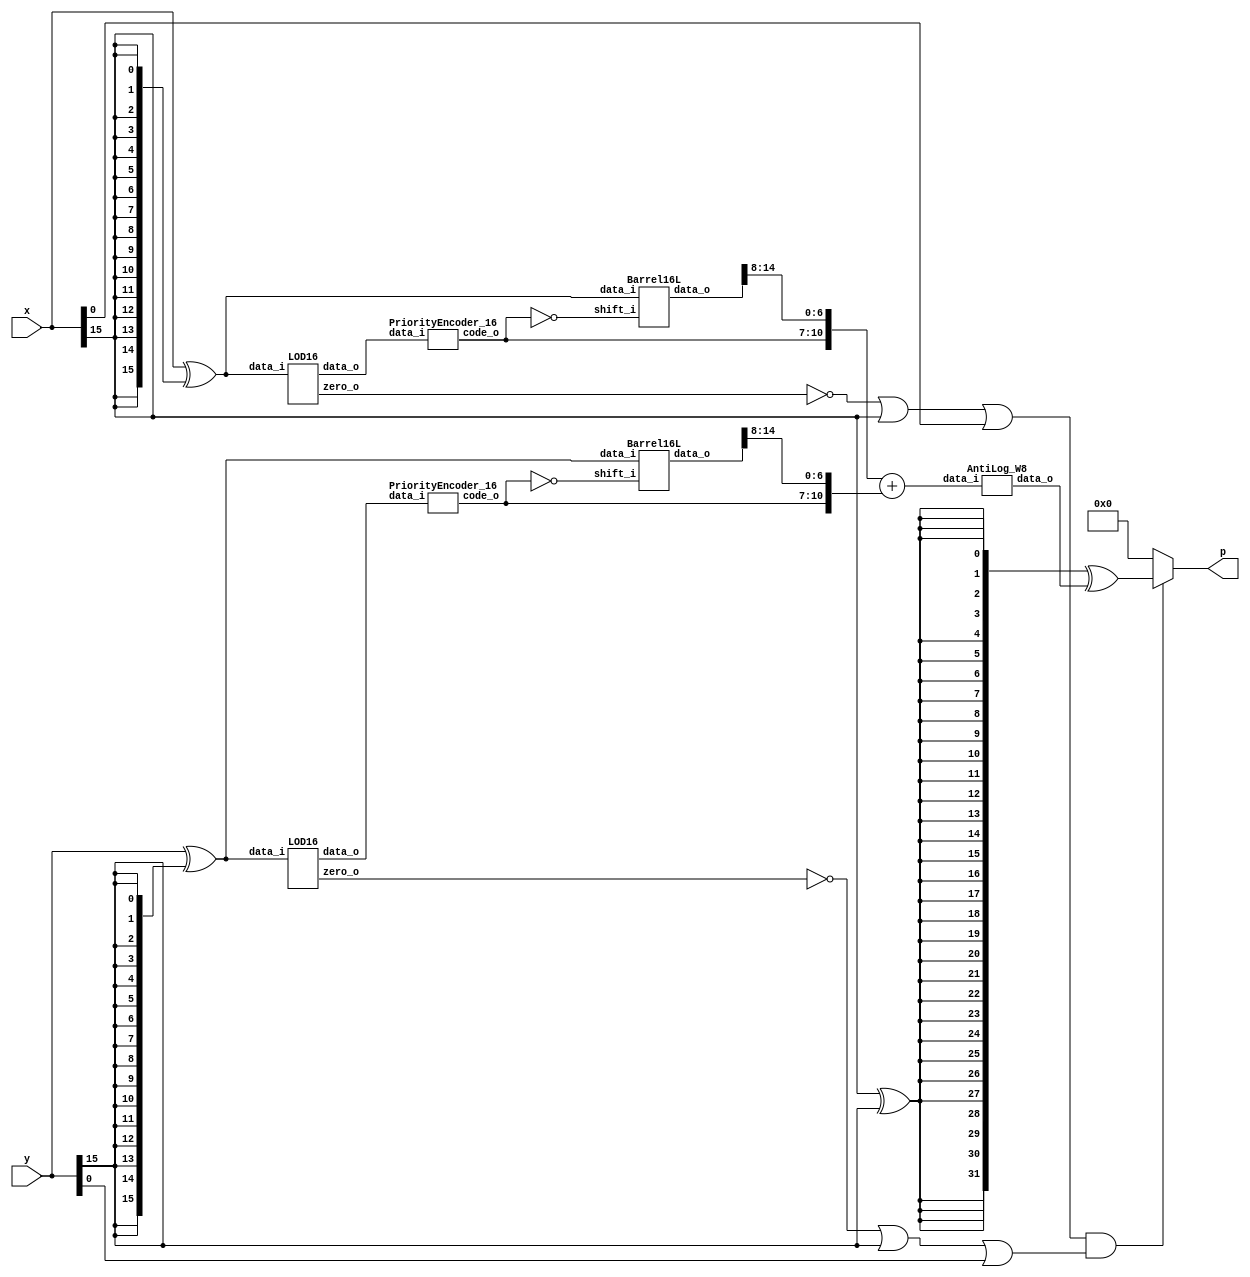
`timescale 1ns / 1ps

module MITCH_TRUNC_W8_C1(
    input [15:0] x,
    input [15:0] y,
    output [31:0] p
    );
    
	// Generate abs values
	wire [15:0] x_abs;
	wire [15:0] y_abs;
	
	// Going for X_abs
	assign x_abs = x ^ {16{x[15]}};


	// Going for Y_abs
	assign y_abs = y ^ {16{y[15]}};

			 
	// LOD x
	wire [15:0] kx;
	wire zero_x;
	wire [3:0] code_x;


	LOD16 LODx (
		.data_i(x_abs),
		.zero_o(zero_x),
		.data_o(kx)
	 ); 
	 

	PriorityEncoder_16 PEx (
		.data_i(kx),
		.code_o(code_x)
	 ); 

	 
		
	 
	// LOD y

	wire [15:0] ky;
	wire zero_y;
	wire [3:0] code_y;

	LOD16 LODy (
		.data_i(y_abs),
		.zero_o(zero_y),
		.data_o(ky)
	 ); 

	PriorityEncoder_16 PEy (
			.data_i(ky),
			.code_o(code_y)
		 ); 
		 
	
	// Barell shift X
	
	wire [3:0] code_x_inv;
	wire [15:0] barrel_x;
	
	assign code_x_inv = ~code_x;
	
	Barrel16L BShiftx (
		.data_i(x_abs),
		.shift_i(code_x_inv),
		.data_o(barrel_x)
 	 ); 
	
	
	// Barell shift Y
	wire [3:0] code_y_inv;
	wire [15:0] barrel_y;
	
	assign code_y_inv = ~code_y;
	
	Barrel16L BShifty (
		.data_i(y_abs),
		.shift_i(code_y_inv),
		.data_o(barrel_y)
 	 );
	
	// Addition of Op1 and Op2
	// Here comes the truncation trend [15-1:16-6-1]
	wire [11:0] op1;
	wire [11:0] op2;
	wire [11:0] L;
	
	assign op1 = {1'b0,code_x,barrel_x[14:8]};
	assign op2 = {1'b0,code_y,barrel_y[14:8]};
	
	assign L = op1 + op2;
	 
	// Anti logarithm 
	
	wire [31:0] tmp_out; 
	AntiLog_W8 anti_log(
		.data_i(L),
		.data_o(tmp_out)
	);
	
	// xor 
	wire prod_sign; 
	wire [31:0] tmp_sign;
	
	assign prod_sign = x[15] ^ y[15];
	assign tmp_sign = {32{prod_sign}} ^ tmp_out;
	
	// is zero 
	wire not_zero;
	assign not_zero = (~zero_x | x[15] | x[0]) & (~zero_y | y[15] | y[0]);
	
	assign p = not_zero ? tmp_sign : 32'b0;
	
endmodule


module AntiLog_W8(
	input [11:0] data_i,
	output [31:0] data_o
	);
	
	// L1 Barell
	wire [23:0] l1_in;
	wire [23:0] l1_out;
	assign l1_in = {16'b0,1'b1,data_i[6:0]};
	wire [4:0] tmp_l1_enc;
	wire [4:0] l1_enc;
	
	assign tmp_l1_enc = {1'b0,data_i[10:7]};
	
	
	carry_lookahead_inc INC_INST(
	        .i_add1(tmp_l1_enc),
	        .o_result(l1_enc)
	        );
	        
	
	Barrel24L L1shift (
		.data_i(l1_in),
		.shift_i(l1_enc),
		.data_o(l1_out)
 	 );
	
	// R Barell 
	wire [7:0] r_in;
	wire [7:0] r_out;
	wire [2:0] enc;
	
	assign enc = ~data_i[10:8];
	assign r_in = {1'b1,data_i[6:0]};
	
	
	Barrel8R Rshift (
		.data_i(r_in),
		.shift_i(enc),
		.data_o(r_out)
 	 );
	
	// And
	wire lr;
	wire [15:0] out_msb;
	
	assign lr = data_i[11];
	assign out_msb = {16{lr}} & l1_out[23:8];
	
	
	// mux
	wire [7:0] out_lsb;
	assign out_lsb = lr ? l1_out[7:0] : r_out[7:0];
	// concanate
	assign data_o = {out_msb,out_lsb,8'b0};
	
endmodule

module PriorityEncoder_16_old(
    input [15:0] data_i,
    output reg [3:0] code_o
    );

	always @*
		case (data_i)
	     16'b0000000000000001 : code_o = 4'b0000;
         16'b0000000000000010 : code_o = 4'b0001;
         16'b0000000000000100 : code_o = 4'b0010;
         16'b0000000000001000 : code_o = 4'b0011;
         16'b0000000000010000 : code_o = 4'b0100;
         16'b0000000000100000 : code_o = 4'b0101;
         16'b0000000001000000 : code_o = 4'b0110;
         16'b0000000010000000 : code_o = 4'b0111;
		 16'b0000000100000000 : code_o = 4'b1000;
         16'b0000001000000000 : code_o = 4'b1001;
         16'b0000010000000000 : code_o = 4'b1010;
         16'b0000100000000000 : code_o = 4'b1011;
         16'b0001000000000000 : code_o = 4'b1100;
         16'b0010000000000000 : code_o = 4'b1101;
         16'b0100000000000000 : code_o = 4'b1110;
         16'b1000000000000000 : code_o = 4'b1111;
			
			default     : code_o = 4'b0000;
		endcase
		
endmodule

module PriorityEncoder_16(
    input [15:0] data_i,
    output [3:0] code_o
    );
    
    wire [7:0] tmp0;
    assign tmp0 = {data_i[15],data_i[13],data_i[11],data_i[9],data_i[7],data_i[5],data_i[3],data_i[1]};
    OR_tree code0(tmp0,code_o[0]);
    
    wire [7:0] tmp1;
    assign tmp1 = {data_i[15],data_i[14],data_i[11],data_i[10],data_i[7],data_i[6],data_i[3],data_i[2]};
    OR_tree code1(tmp1,code_o[1]);
    
    wire [7:0] tmp2;
    assign tmp2 = {data_i[15],data_i[14],data_i[13],data_i[12],data_i[7],data_i[6],data_i[5],data_i[4]};
    OR_tree code2(tmp2,code_o[2]);
    
    wire [7:0] tmp3;
    assign tmp3 = {data_i[15],data_i[14],data_i[13],data_i[12],data_i[11],data_i[10],data_i[9],data_i[8]};
    OR_tree code3(tmp3,code_o[3]);
endmodule


module OR_tree(
    input [7:0] data_i,
    output data_o
    );
    
    wire [3:0] tmp1;
    wire [1:0] tmp2;
    
    assign tmp1 = data_i[3:0] | data_i[7:4];
    assign tmp2 = tmp1[1:0] | tmp1[3:2];
    assign data_o = tmp2[0] | tmp2[1];
endmodule


module LOD4(
    input [3:0] data_i,
    output [3:0] data_o
    );
	 
	 
	 wire mux0;
	 wire mux1;
	 wire mux2;
	 
	 // multiplexers:
	 assign mux2 = (data_i[3]==1) ? 1'b0 : 1'b1;
	 assign mux1 = (data_i[2]==1) ? 1'b0 : mux2;
	 assign mux0 = (data_i[1]==1) ? 1'b0 : mux1;
	 
	 //gates and IO assignments:
	 assign data_o[3] = data_i[3];
	 assign data_o[2] =(mux2 & data_i[2]);
	 assign data_o[1] =(mux1 & data_i[1]);
	 assign data_o[0] =(mux0 & data_i[0]);
	 

endmodule

module Muxes2in1Array4(
    input [3:0] data_i,
    input select_i,
    output [3:0] data_o
    );


	assign data_o[3] = select_i ? data_i[3] : 1'b0;
	assign data_o[2] = select_i ? data_i[2] : 1'b0;
	assign data_o[1] = select_i ? data_i[1] : 1'b0;
	assign data_o[0] = select_i ? data_i[0] : 1'b0;
	
	
endmodule



module LOD16(
    input [15:0] data_i,
    output zero_o,
    output [15:0] data_o
    );
	 
	 wire [15:0] z;
	 wire [3:0] select;
	 wire [3:0] zdet;
	 
	 
	 
	 
	 
	 //*****************************************
	 // Zero detection logic:
	 //*****************************************
	 assign zdet[3] = data_i[15] | data_i[14] | data_i[13] | data_i[12];
	 assign zdet[2] = data_i[11] | data_i[10] | data_i[9] | data_i[8];
	 assign zdet[1] = data_i[7] | data_i[6] | data_i[5] | data_i[4];
	 assign zdet[0] = data_i[3] | data_i[2] | data_i[1] | data_i[0];
	 assign zero_o = ~(zdet[3] | zdet[2] | zdet[1] | zdet[0]);
		 
		 
	 //*****************************************
	 // LODs:
	 //*****************************************
	 LOD4 lod4_3 (
		.data_i(data_i[15:12]), 
		.data_o(z[15:12])
	 );
	 
	 LOD4 lod4_2 (
		.data_i(data_i[11:8]), 
		.data_o(z[11:8])
	 );

	 LOD4 lod4_1 (
		.data_i(data_i[7:4]), 
		.data_o(z[7:4])
	 );
	 
	 LOD4 lod4_0 (
		.data_i(data_i[3:0]), 
		.data_o(z[3:0])
	 );
	 
	 LOD4 lod4_middle (
		.data_i(zdet), 
		.data_o(select)
	 );
	 
	 
	 //*****************************************
	 // Multiplexers :
	 //*****************************************
	 
	 Muxes2in1Array4 Inst_MUX214_3 (
		.data_i(z[15:12]), 
		.select_i(select[3]), 
		.data_o(data_o[15:12])
    );
	 
	 Muxes2in1Array4 Inst_MUX214_2 (
		.data_i(z[11:8]), 
		.select_i(select[2]), 
		.data_o(data_o[11:8])
    );
	 
	 Muxes2in1Array4 Inst_MUX214_1 (
		.data_i(z[7:4]), 
		.select_i(select[1]), 
		.data_o(data_o[7:4])
    );
	 
	 Muxes2in1Array4 Inst_MUX214_0 (
		.data_i(z[3:0]), 
		.select_i(select[0]), 
		.data_o(data_o[3:0])
    );


endmodule


module Barrel16L(
    input [15:0] data_i,
    input [3:0] shift_i,
    output reg [15:0] data_o
    );
	 
   
   always @*
      case (shift_i)
         4'b0000: data_o = data_i;
         4'b0001: data_o = data_i << 1;
         4'b0010: data_o = data_i << 2;
         4'b0011: data_o = data_i << 3;
         4'b0100: data_o = data_i << 4;
         4'b0101: data_o = data_i << 5;
         4'b0110: data_o = data_i << 6;
         4'b0111: data_o = data_i << 7;
         4'b1000: data_o = data_i << 8;
         4'b1001: data_o = data_i << 9;
         4'b1010: data_o = data_i << 10;
         4'b1011: data_o = data_i << 11;
         4'b1100: data_o = data_i << 12;
         4'b1101: data_o = data_i << 13;
         4'b1110: data_o = data_i << 14;
         default: data_o = data_i << 15;
      endcase
endmodule


module Barrel8R(
    input [7:0] data_i,
    input [2:0] shift_i,
    output reg [7:0] data_o
    );
   
   always @*
      case (shift_i)
         3'b000: data_o = data_i;
         3'b001: data_o = data_i >> 1;
         3'b010: data_o = data_i >> 2;
         3'b011: data_o = data_i >> 3;
         3'b100: data_o = data_i >> 4;
         3'b101: data_o = data_i >> 5;
         3'b110: data_o = data_i >> 6;
         default: data_o = data_i << 7;
      endcase
endmodule

module Barrel24L(
    input [23:0] data_i,
    input [4:0] shift_i,
    output reg [23:0] data_o
    );
	 
   
   always @*
      case (shift_i)
         5'b00000: data_o = data_i;
         5'b00001: data_o = data_i << 1;
         5'b00010: data_o = data_i << 2;
         5'b00011: data_o = data_i << 3;
         5'b00100: data_o = data_i << 4;
         5'b00101: data_o = data_i << 5;
         5'b00110: data_o = data_i << 6;
         5'b00111: data_o = data_i << 7;
         5'b01000: data_o = data_i << 8;
         5'b01001: data_o = data_i << 9;
         5'b01010: data_o = data_i << 10;
         5'b01011: data_o = data_i << 11;
         5'b01100: data_o = data_i << 12;
         5'b01101: data_o = data_i << 13;
         5'b01110: data_o = data_i << 14;
         5'b01111: data_o = data_i << 15;
         default:  data_o = data_i << 16;
      endcase


endmodule


module carry_lookahead_inc
  (
   input [4:0] i_add1,
   output [4:0]  o_result
   );
     
  wire [5:0]     w_C;
  wire [4:0]   w_SUM;
 
  // Create the HA Adders
  genvar  ii;
  generate 
    for (ii=0; ii<5; ii=ii+1) 
      begin: oncetold
         assign w_SUM[ii] = i_add1[ii] ^ w_C[ii];
      end
  endgenerate
 
  // Create the Generate (G) Terms:  Gi=Ai*Bi
  // Create the Propagate Terms: Pi=Ai+Bi
  // Create the Carry Terms:
  genvar jj;
  generate
    for (jj=0; jj<5; jj=jj+1) 
      begin : somebody
        assign w_C[jj+1] = (i_add1[jj] & w_C[jj]);
      end
  endgenerate
   
  assign w_C[0] = 1'b1; // Input carry is 1
 
  assign o_result =  w_SUM;   // Verilog Concatenation
 
endmodule // carry_lookahead_adder